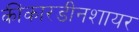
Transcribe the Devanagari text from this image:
कींकारडीनशायर